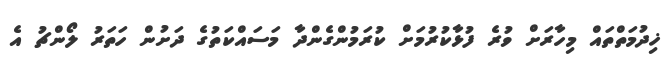
ޚިދުމަތްތައް މިހާރަށް ވުރެ ފުޅާކުރުމަށް ކުރަމުންގެންދާ މަސައްކަތުގެ ދަށުން ހަތަރު ލޯންޗު އެ